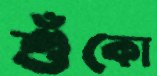
শুঁকো